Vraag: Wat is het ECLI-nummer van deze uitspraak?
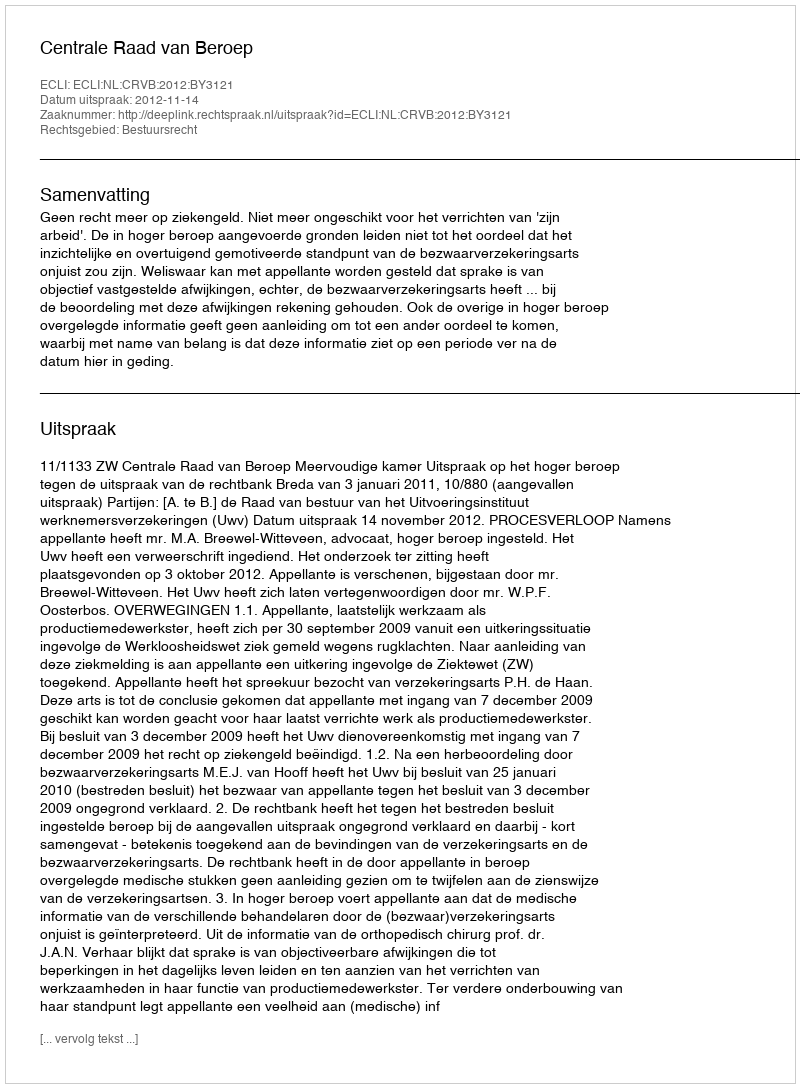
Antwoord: ECLI:NL:CRVB:2012:BY3121